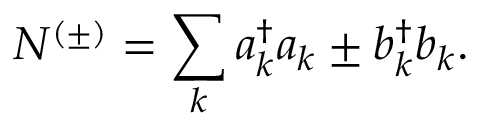
N ^ { ( \pm ) } = \sum _ { k } a _ { k } ^ { \dagger } a _ { k } \pm b _ { k } ^ { \dagger } b _ { k } .